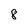
Character: 8